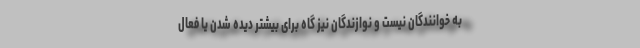
به خوانندگان نیست و نوازندگان نیز گاه برای بیشتر دیده شدن یا فعال